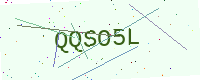
Text: QQSO5L